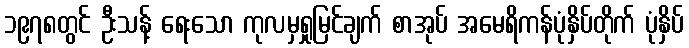
၁၉၇၈တွင် ဦးသန့် ရေးသော ကုလမှရှုမြင်ချက် စာအုပ် အမေရိကန်ပုံနှိပ်တိုက် ပုံနှိပ်